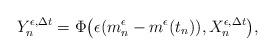
LaTeX: \begin{align*}Y_n^{\epsilon,\Delta t}=\Phi\bigl(\epsilon(m_n^\epsilon-m^\epsilon(t_n)),X_n^{\epsilon,\Delta t}\bigr),\end{align*}